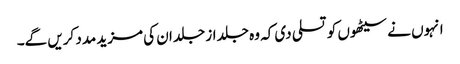
انہوں نے سیٹھوں کو تسلی دی کہ وہ جلد از جلد ان کی مزید مدد کریں گے۔